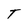
Character: T